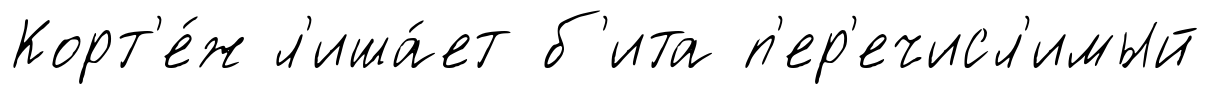
Корт'е́ж л'иша́ет б'ита п'ер'ечисл'имый